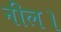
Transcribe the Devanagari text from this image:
नील।